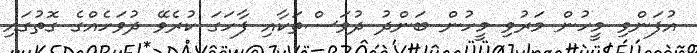
އުފަންވި މީހުން މަރުވި މީހުން ބަންދު ދުވަސްތަކާއި ފާހަގަ ކުރެވޭ ދުވަހެއްގެ ގޮތުގައި